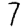
Digit: 7